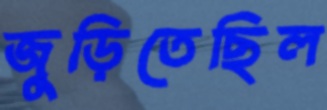
জুড়িতেছিল